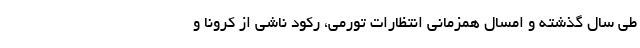
طی سال گذشته و امسال همزمانی انتظارات تورمی، رکود ناشی از کرونا و